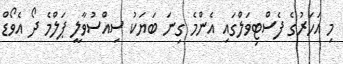
މި އަހަރުގެ ފެސްޓިވަލްގައި އެންމެ ގިނަ ބަޔަކު ސިއްސުވާލީ ޕަލްމެ ދޯ އެވޯޑް